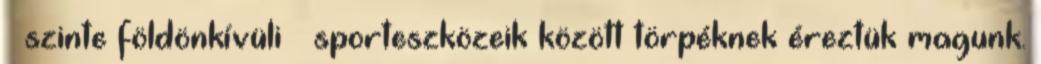
– szinte földönkívüli – sporteszközeik között törpéknek éreztük magunk.